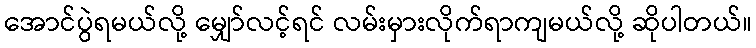
အောင်ပွဲရမယ်လို့ မျှော်လင့်ရင် လမ်းမှားလိုက်ရာကျမယ်လို့ ဆိုပါတယ်။